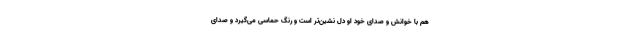
هم با خوانش و صدای خود او دل نشین‌تر است و رنگ حماسی می‌گیرد و صدای